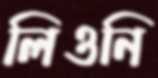
লিওনি